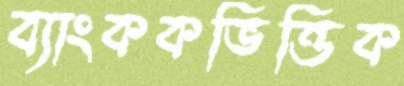
ব্যাংককভিত্তিক